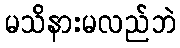
မသိနားမလည်ဘဲ